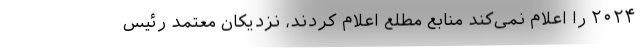
۲۰۲۴ را اعلام نمی‌کند منابع مطلع اعلام کردند، نزدیکان معتمد رئیس